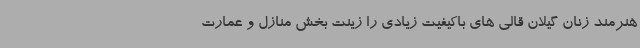
هنرمند زنان گیلان قالی های باکیفیت زیادی را زینت بخش منازل و عمارت